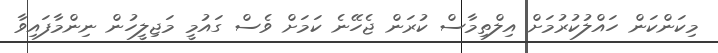
މިކަންކަން ހައްލުކުރުމަށް އިލްތިމާސް ކުރަން ޖެހޭނެ ކަމަށް ވެސް ގައުމީ މަޖިލީހުން ނިންމާފައިވާ